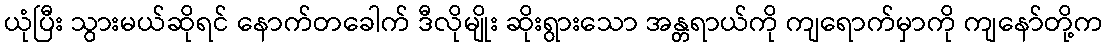
ယုံပြီး သွားမယ်ဆိုရင် နောက်တခေါက် ဒီလိုမျိုး ဆိုးရွားသော အန္တရာယ်ကို ကျရောက်မှာကို ကျနော်တို့က